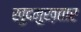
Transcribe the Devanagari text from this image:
ख़ुदमुख़तार